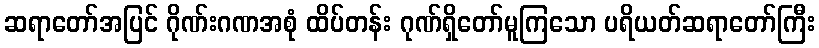
ဆရာတော်အပြင် ဂိုဏ်းဂဏအစုံ ထိပ်တန်း ဂုဏ်ရှိတော်မူကြသော ပရိယတ်ဆရာတော်ကြီး